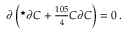
\partial \left( { } ^ { \star } \partial C + { \textstyle \frac { 1 0 5 } { 4 } } C \partial C \right) = 0 \, .